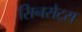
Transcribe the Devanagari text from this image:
सिनसेट्स